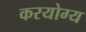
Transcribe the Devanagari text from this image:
करयोग्य